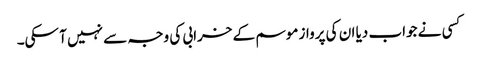
کسی نے جواب دیا ان کی پرواز موسم کے خرابی کی وجہ سے نہیں آ سکی۔